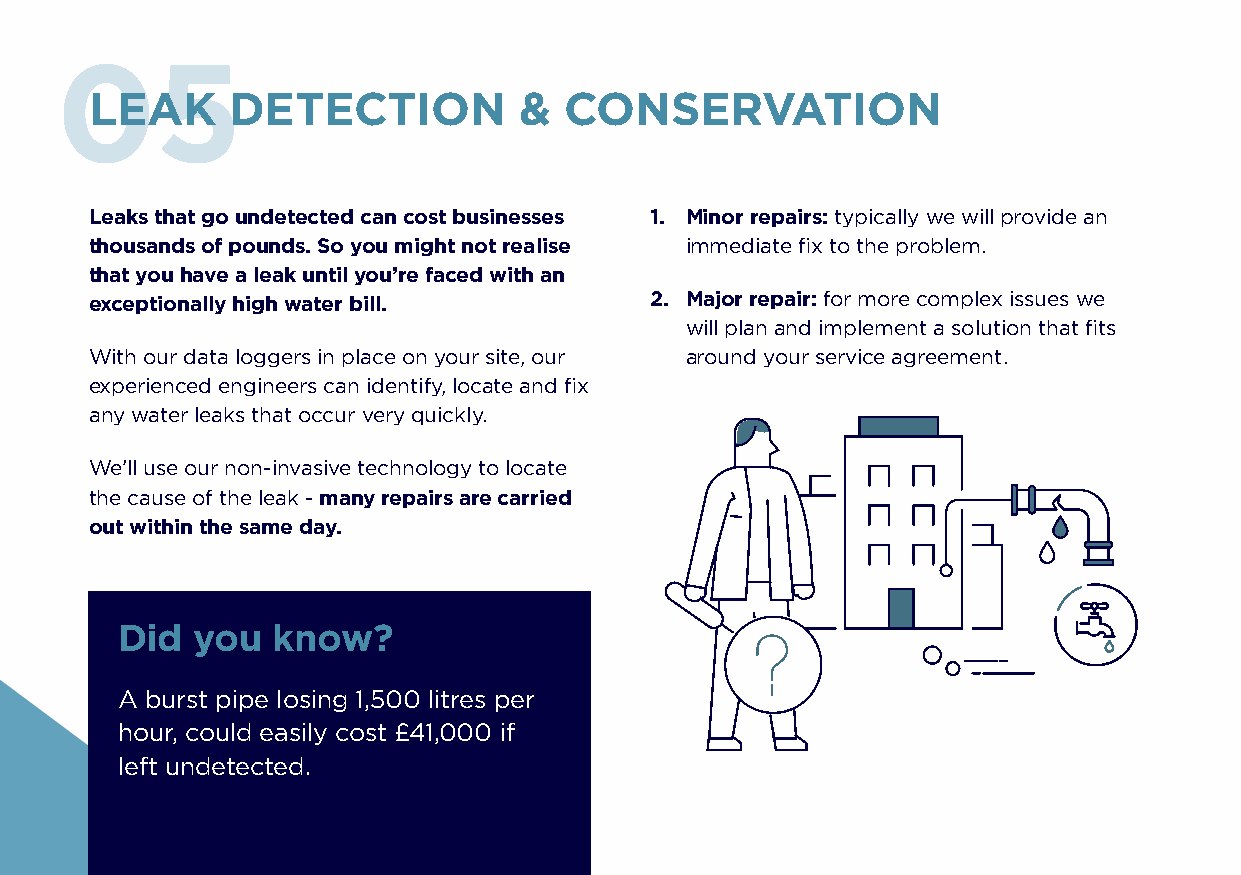
05
 LEAK     DETECTION          &  CONSERVATION
 Leaks that go undetected can cost businesses 1. Minor repairs: typically we will provide an
 thousands of pounds. So you might not realise immediate fix to the problem.
 that you have a leak until you’re faced with an
 exceptionally high water bill.       2. Major repair: for more complex issues we
 will plan and implement a solution that fits
 With our data loggers in place on your site, our around your service agreement.
 experienced engineers can identify, locate and fix
 any water leaks that occur very quickly.
 We’ll use our non-invasive technology to locate
 the cause of the leak - many repairs are carried
 out within the same day.
 Did  you  know?
 A burst pipe losing 1,500 litres per
 hour, could easily cost £41,000 if
 left undetected.